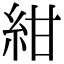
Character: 紺